Scientific memoirs by medical officers of the Army of India - Part IX,
Year: 1895
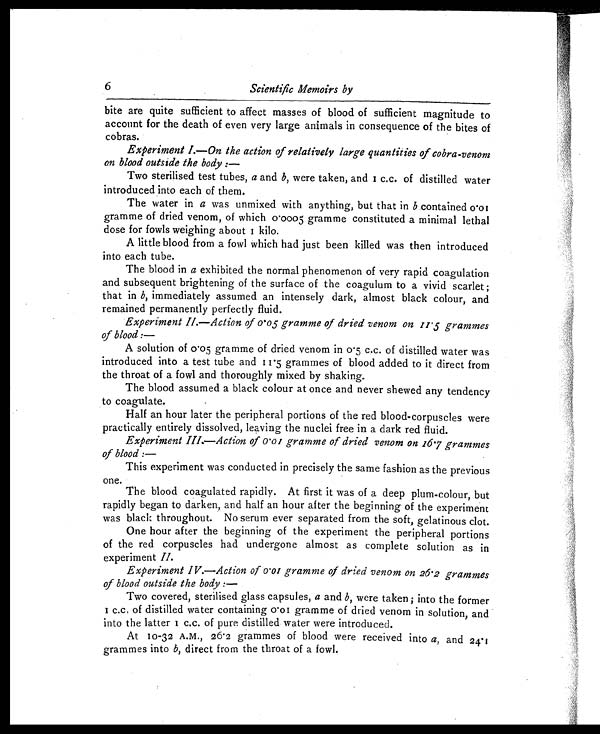
6
Scientific Memoirs by
bite are quite sufficient to affect masses of blood of sufficient magnitude to
account for the death of even very large animals in consequence of the bites of
cobras.
Experiment I.— On the action of relatively large quantities of cobra-venom
on blood outside the body : —
Two sterilised test tubes, a and b, were taken, and 1 c.c. of distilled water
introduced into each of them.
The water in a was unmixed with anything, but that in b contained 0.01
gramme of dried venom, of which 0.0005 gramme constituted a minimal lethal
dose for fowls weighing about 1 kilo.
A little blood from a fowl which had just been killed was then introduced
into each tube.
The blood in a exhibited the normal phenomenon of very rapid coagulation
and subsequent brightening of the surface of the coagulum to a vivid scarlet ;
that in b, immediately assumed an intensely dark, almost black colour, and
remained permanently perfectly fluid.
Experiment II.— Action of 0.05 gramme of dried venom on 11.5 grammes
of blood :
—
A solution of 0.05 gramme of dried venom in 0.5 c.c. of distilled water was
introduced into a test tube and grammes of blood added to it direct from
the throat of a fowl and thoroughly mixed by shaking.
The blood assumed a black colour at once and never shewed any tendency
to coagulate.
Half an hour later the peripheral portions of the red blood-corpuscles were
practically entirely dissolved, leaving the nuclei free in a dark red fluid.
Experiment III.—Action of 0.01 gramme of dried venom on 16.7 grammes
of blood : —
This experiment was conducted in precisely the same fashion as the previous
one.
The blood coagulated rapidly. At first it was of a deep plum-colour, but
rapidly began to darken, and half an hour after the beginning of the experiment
was black throughout. No serum ever separated from the soft, gelatinous clot.
One hour after the beginning of the experiment the peripheral portions
of the red corpuscles had undergone almost as complete solution as in
experiment II.
Experiment IV.—Action of 0.01 gramme of dried venom on 26.2 grammes
of blood outside the body : —
Two covered, sterilised glass capsules, a and b, were taken ; into the former
1 c.c. of distilled water containing 0.01 gramme of dried venom in solution, and
into the latter 1 c.c. of pure distilled water were introduced.
At 10-32 A.M., 26.2 grammes of blood were received into a, and 24.1
grammes into b, direct from the throat of a fowl.